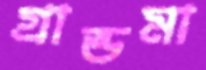
গ্রান্ডমা